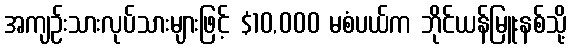
အကျဉ်းသားလုပ်သားများဖြင့် $10,000 မစံပယ်က ဘိုင်ယန်မြူးနစ်သို့